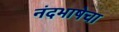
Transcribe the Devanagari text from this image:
नंदभाषेचा